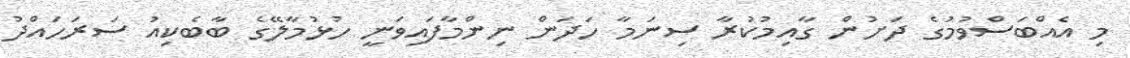
މި އެއްބަސްވުމުގެ ދަށުން ގާއިމުކުރާ ސިނަމާ ހަދަން ނިންމާފައިވަނީ ހުޅުމާލޭގެ ބާބެކިއު ސަރަހައްދު